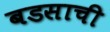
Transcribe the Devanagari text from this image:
बडसाची